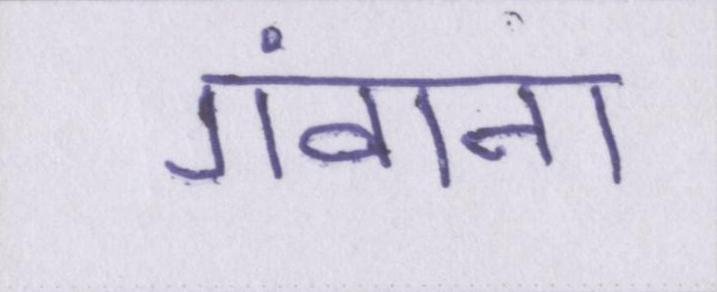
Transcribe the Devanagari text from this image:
गंवाना